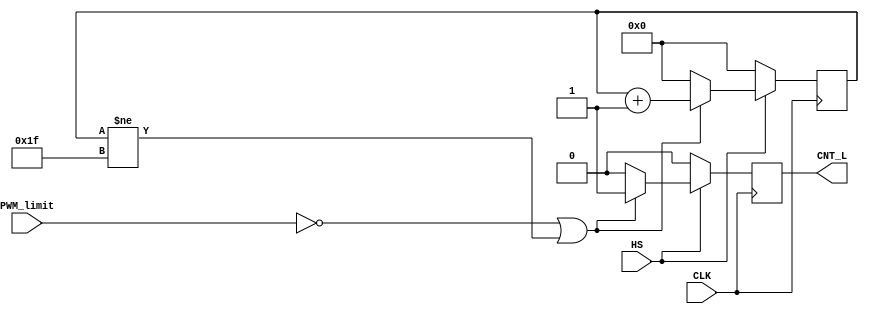
module horiz_counter(
   input wire CLK,
   input wire HS,         // horizontal sweep enable FSM defined
   input wire PWM_limit,  // horizontal sweep enable FSM defined
   output reg CNT_L       // counter left enable
);

reg [4:0] currcount = 5'b00_000;

always @(posedge CLK) begin
   if (HS == 1'b1) begin
      if (PWM_limit == 1'b0 | currcount != 5'b11_111) begin
         CNT_L <= 1'b1;
         currcount <= currcount + 1;
      end
      else begin
         currcount <= 5'b00_000;
         CNT_L <= 1'b0;
      end
   end
   else begin
      currcount <= 5'b00_000;
      CNT_L <= 1'b0;
   end
end

endmodule

// module horiz_counter(
//    input wire CLK,
//    input wire HS, // horizontal sweep enable FSM defined
//    input wire PWM_limit, // horizontal sweep enable FSM defined
//    output reg CNT_L // counter left enable
// );
//
// // Maximum count for horizontal movement (it sets the servos limits)
// //reg [12:0] currcount = 13'b0_000_000_000_000; // **TODO: value to be defined
//
// // Reduced count to view all the calibration steps in a reasonable simulation
// // time
// // reg [8:0] currcount = 9'b000_000_000; // **TODO: value to be defined
//
// always @(posedge CLK, posedge HS) begin : P1
//
//    if(HS == 1'b1 & PWM_limit == 1'b1) begin
//          CNT_L <= 1'b1;
//    end
//    else begin
//       //currcount <= 13'b0_000_000_000_000;
//       CNT_L <= 1'b0;
//    end
// end
//
//
// endmodule

//--------------------------------------------------------------------------------
// Module Name: max_counter - Behavioral
// Project Name: 
// Target Devices: 
// Description:  counts up to a predefinite value that has been specified and
//               then send a signal to the FSM which then dfeactivated the 
//               current counter and activates the next one. This next counter
//               which is activated each time after the horizontal counter and
//               vertical coutner finish incrementing and reach their value 
//               (max counter)
// 
// Dependencies: 
// 
// Additional Comments:
// 
//--------------------------------------------------------------------------------

// module horiz_counter(
//    input wire CLK,
//    input wire HS, // horizontal sweep enable FSM defined
//    output reg CNT_L // counter left enable
// );
//
// // Maximum count for horizontal movement (it sets the servos limits)
// //reg [12:0] currcount = 13'b0_000_000_000_000; // **TODO: value to be defined
//
// // Reduced count to view all the calibration steps in a reasonable simulation
// // time
// reg [8:0] currcount = 9'b000_000_000; // **TODO: value to be defined
//
// always @(posedge CLK, posedge HS) begin : P1
//
//    if(HS == 1'b1) begin
//       currcount <= currcount + 1;
//       //if(currcount == 13'b1_111_111_111_111) begin
//       if(currcount == 9'b111_111_111) begin
//          CNT_L <= 1'b0;
//       end
//       else begin
//          CNT_L <= 1'b1;
//       end
//    end
//    else if(HS == 1'b0) begin
//       //currcount <= 13'b0_000_000_000_000;
//       currcount <= 9'b000_000_000;
//       CNT_L <= 1'b0;
//    end
// end
//
//
// endmodule